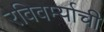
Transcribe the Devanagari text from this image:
रविवर्म्याची